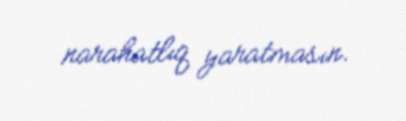
narahatlıq yaratmasın.